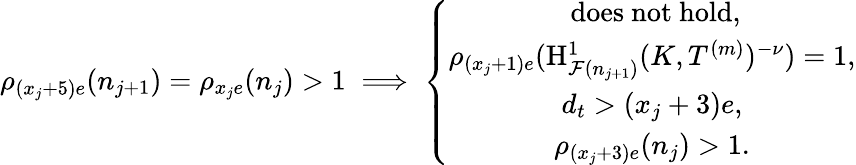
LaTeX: \rho_{(x_{j}+5)e}(n_{j+1})=\rho_{x_{j}e}(n_{j})>1\implies\left\{ \begin{array}{c}{\mathrm{~does~not~hold},}\\ {\rho_{(x_{j}+1)e}(\mathrm{H}_{\mathcal{F}(n_{j+1})}^{1}(K,T^{(m)})^{-\nu})=1,}\\ {d_{t}>(x_{j}+3)e,}\\ {\rho_{(x_{j}+3)e}(n_{j})>1.}\end{array}\right.